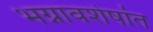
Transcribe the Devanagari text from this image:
भग्नावशेषांत